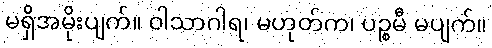
မရှိအမိုးပျက်။ ဝါသာဂါရ၊ မဟုတ်က၊ ပဉ္စမီ မပျက်။